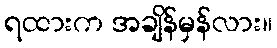
ရထားက အချိန်မှန်လား။